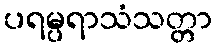
ပရမ္ပရာသံသတ္တာ